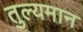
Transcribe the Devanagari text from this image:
तुल्यमान